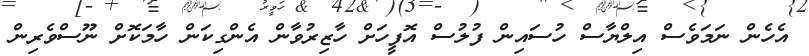
އެހެން ނަމަވެސް އިލްޔާސް ހުސައިން ފުލުސް އޮފީހަށް ހާޒިރުވާން އެންގިކަން ހާމަކޮށް ނޫސްވެރިން